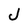
Character: J